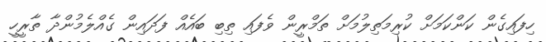
ހިފައިގެން ކަންކަމަށް ކުރިމަތިލުމަށް ތަމްރީން ވެފައި ތިބި ބައެއް ފަދައިން ގެއްލެމުންދާ ތާރީހީ